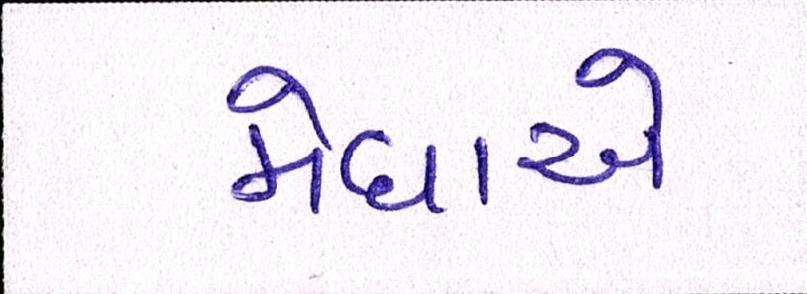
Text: મેઘાએ